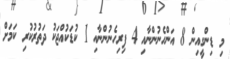
މި ޑިންގީއިން 8 އަންހެނުންނާއި 4 ފިރިހެނުންނާއި 1 ކުޑަކުއްޖަކު ދަތުރުކުރި ކަމަށް